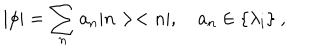
LaTeX: | \phi | = \sum _ { n } a _ { n } | n > < n | , \quad a _ { n } \in \{ \lambda _ { i } \} ~ ,